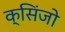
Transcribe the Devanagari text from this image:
क्सिंजो